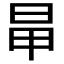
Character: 𣅼